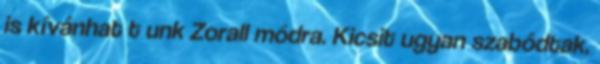
is kívánhat t unk Zorall módra. Kicsit ugyan szabódtak,